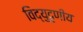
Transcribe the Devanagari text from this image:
विद्युदृणीय